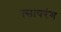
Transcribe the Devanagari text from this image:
त्सापरंग